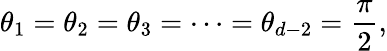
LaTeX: \theta_{1}=\theta_{2}=\theta_{3}=\cdots=\theta_{d-2}=\frac{\pi}{2},